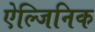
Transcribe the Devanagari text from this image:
ऐल्जिनिक